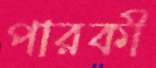
পারকী